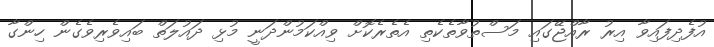
އުފެދިފައިވާ އިރު ރާއްޖޭގައި މަސްތުވާތެކެތި އެތެރެކޮށް ވިއްކަމުންދަނީ މުޅި ދައުލަތް ބައިވެރިވެގެން ހިންގާ